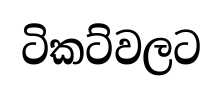
ටිකට්වලට